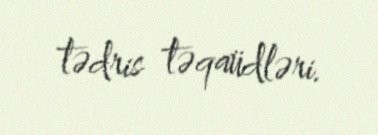
tədris təqaüdləri.